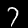
Digit: 7